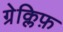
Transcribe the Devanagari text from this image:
ग्रेक्लिफ़